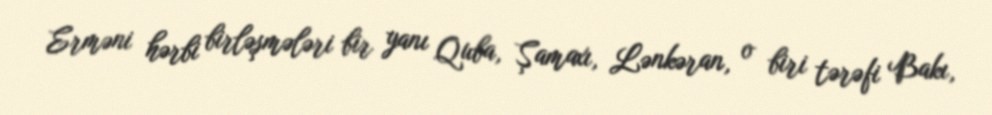
Erməni hərbi birləşmələri bir yanı Quba, Şamaxı, Lənkəran, o biri tərəfi Bakı,